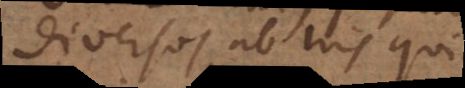
diversos ab his qui